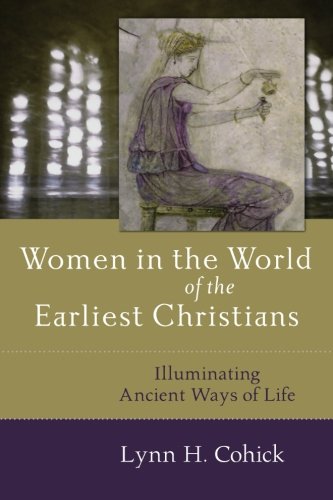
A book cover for Women in the World of the Earliest Christians: Illuminating Ancient Ways of Life; Lynn H. Cohick; Religion & Spirituality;